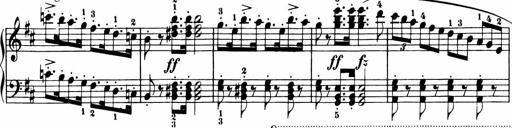
Title: 11 Sonatinas for Piano Solo
Composer: Anton Diabelli